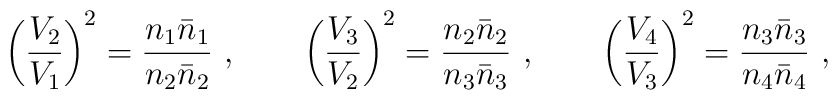
\left ( {V_2 \over V_1}\right )^2 = {n_1 \bar n _1 \over n_2 \bar n _2}\ ,\qquad\left ( {V_3 \over V_2}\right )^2 = {n_2 \bar n _2 \over n_3 \bar n _3}\ ,\qquad\left ( {V_4 \over V_3}\right )^2 = {n_3 \bar n _3 \over n_4 \bar n _4} \ ,